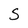
Character: S